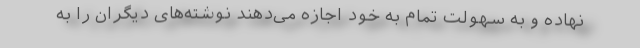
نهاده و به سهولت تمام به خود اجازه می‌دهند نوشته‌های دیگران را به